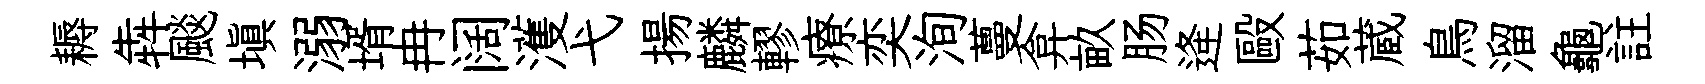
耨犇颷填溺壻冉阔濩弋揚麟轇療奕洵蔓弇畝肠逄毆茹蔵鳥溜龜註